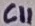
Text: C11